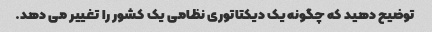
توضیح دهید که چگونه یک دیکتاتوری نظامی یک کشور را تغییر می دهد.